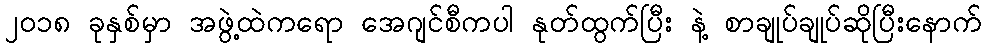
၂၀၁၈ ခုနှစ်မှာ အဖွဲ့ထဲကရော အေဂျင်စီကပါ နုတ်ထွက်ပြီး နဲ့ စာချုပ်ချုပ်ဆိုပြီးနောက်